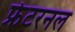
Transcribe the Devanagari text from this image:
फ्रेटरनल